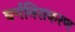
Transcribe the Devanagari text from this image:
वर्गनिराकरण